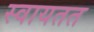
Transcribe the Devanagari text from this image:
स्वायतत